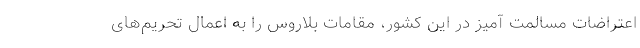
اعتراضات مسالمت آمیز در این کشور، مقامات بلاروس را به اعمال تحریم‌های